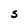
Character: S